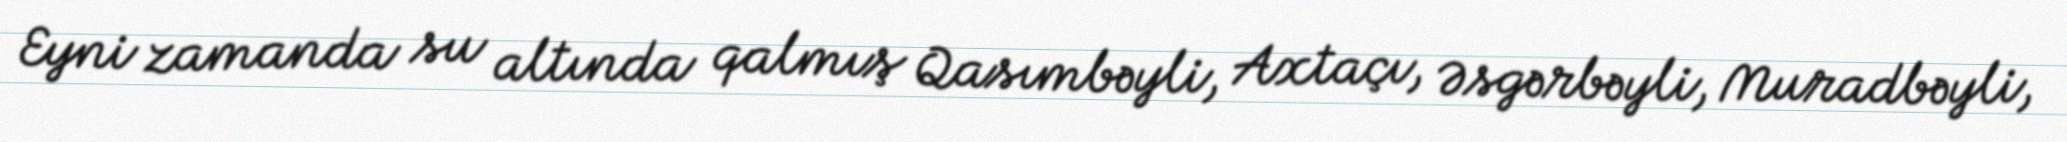
Eyni zamanda su altında qalmış Qasımbəyli, Axtaçı, Əsgərbəyli, Muradbəyli,